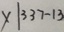
x \vert 3 3 7 - 1 3